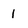
Character: 1